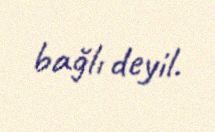
bağlı deyil.